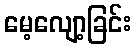
မေ့လျော့ခြင်း